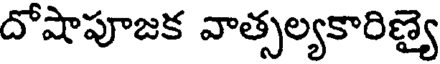
దోషాపూజక వాత్సల్యకారిణ్యై